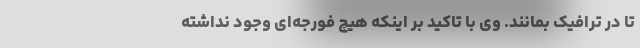
تا در ترافیک بمانند. وی با تاکید بر اینکه هیچ فورجه‌ای وجود نداشته